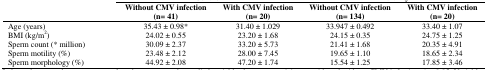
<table><thead><tr><td rowspan="2"></td><td colspan="2"><b>Control</b></td><td colspan="2"><b>Infertility</b></td></tr><tr><td><b>Without CMV infection(n= 41)</b></td><td><b>With CMV infection(n= 20)</b></td><td><b>Without CMV infection(n= 134)</b></td><td><b>With CMV infection(n= 20)</b></td></tr></thead><tbody><tr><td>Age (years)</td><td>35.43 ± 0.98*</td><td>31.40 ± 1.029</td><td>33.947 ± 0.492</td><td>33.40 ± 1.07</td></tr><tr><td>BMI (kg/m<sup>2</sup>)</td><td>24.02 ± 0.55</td><td>23.20 ± 1.68</td><td>24.15 ± 0.35</td><td>24.75 ± 1.25</td></tr><tr><td>Sperm count (* million)</td><td>30.09 ± 2.37</td><td>33.20 ± 5.73</td><td>21.41 ± 1.68</td><td>20.35 ± 4.91</td></tr><tr><td>Sperm motility (%)</td><td>23.48 ± 2.12</td><td>28.00 ± 7.45</td><td>19.65 ± 1.10</td><td>18.65 ± 2.34</td></tr><tr><td>Sperm morphology (%)</td><td>44.92 ± 2.08</td><td>47.20 ± 1.74</td><td>15.54 ± 1.25</td><td>17.85 ± 3.46</td></tr></tbody></table>